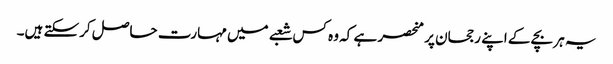
یہ ہر بچے کے اپنے رجحان پر منحصر ہے کہ وہ کس شعبے میں مہارت حاصل کرسکتے ہیں۔